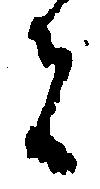
者